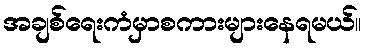
အချစ်ရေးကံမှာစကားများနေရမယ်။